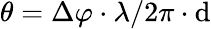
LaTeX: \theta=\Delta\varphi\cdot\lambda/2\pi\cdot\mathrm{d}